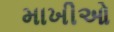
માખીઓ